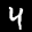
Label: 4